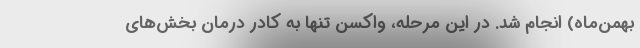
بهمن‌ماه) انجام شد. در این مرحله، واکسن تنها به کادر درمان بخش‌های